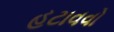
હટાવવો